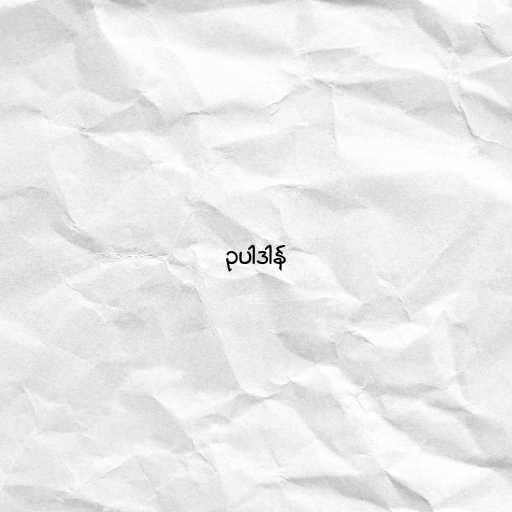
ဥပါဒါန်